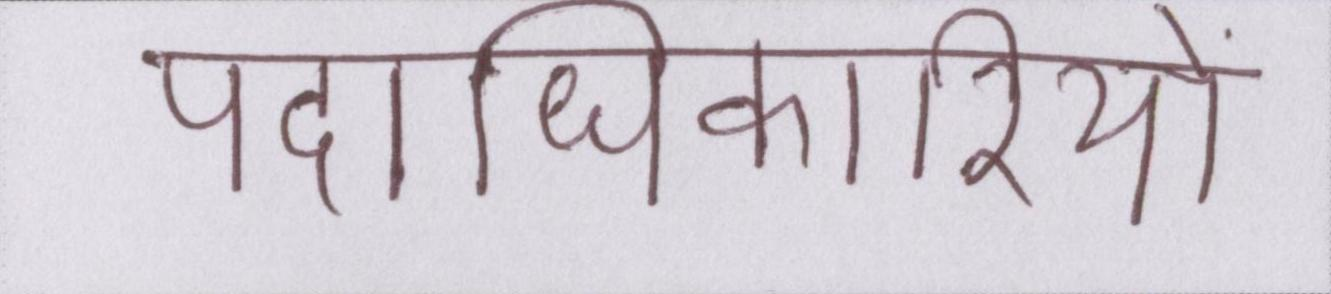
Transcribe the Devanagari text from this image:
पदाधिकारियों